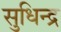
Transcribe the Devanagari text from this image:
सुधिन्द्र